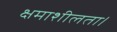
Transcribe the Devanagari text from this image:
क्षमाशीलता।